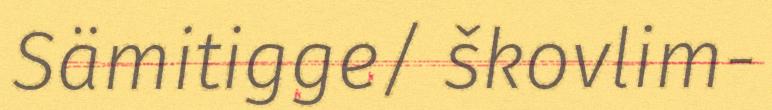
Sämitigge/ škovlim-